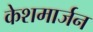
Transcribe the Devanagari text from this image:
केशमार्जन